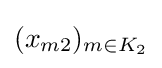
(x_{m2})_{m\in K_{2}}